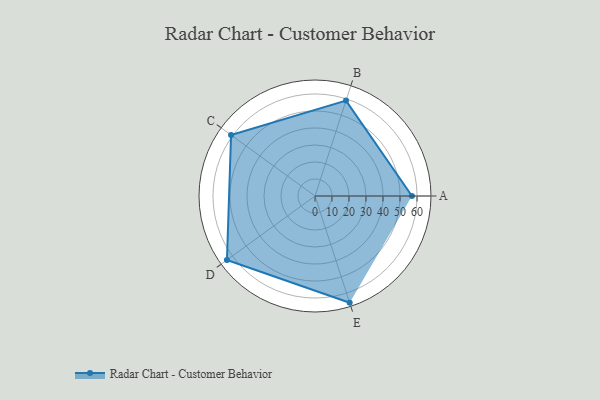
{"axis": {"x": "Skill", "y": "Score"}, "legend": ["Profile"], "data": [{"x": "A", "y": 57.0, "type": "Profile"}, {"x": "B", "y": 59.0, "type": "Profile"}, {"x": "C", "y": 61.0, "type": "Profile"}, {"x": "D", "y": 64.0, "type": "Profile"}, {"x": "E", "y": 66.0, "type": "Profile"}]}